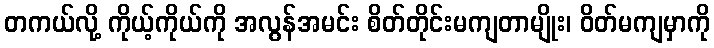
တကယ်လို့ ကိုယ့်ကိုယ်ကို အလွန်အမင်း စိတ်တိုင်းမကျတာမျိုး၊ ဝိတ်မကျမှာကို